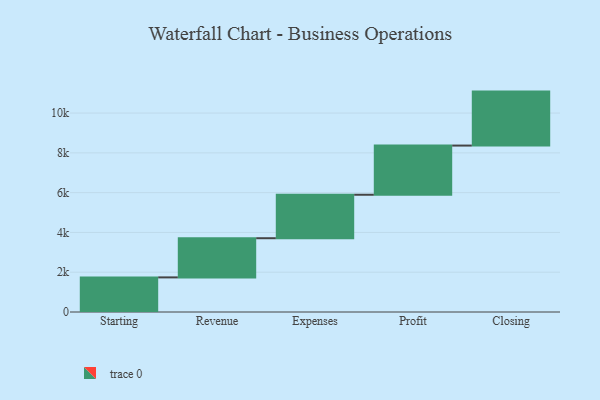
{"axis": {"x": "Step", "y": "Value"}, "legend": [""], "data": [{"x": "Starting", "y": 1740.0, "type": ""}, {"x": "Revenue", "y": 1969.0, "type": ""}, {"x": "Expenses", "y": 2185.0, "type": ""}, {"x": "Profit", "y": 2472.0, "type": ""}, {"x": "Closing", "y": 2713.0, "type": ""}]}